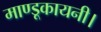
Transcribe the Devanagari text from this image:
माण्डूकायनी।